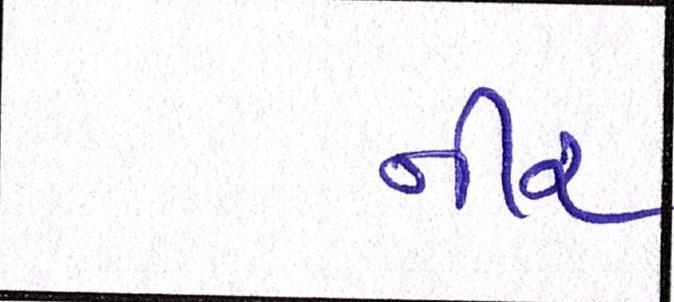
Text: નીર